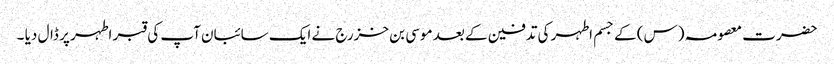
حضرت معصومہ (س) کے جسم اطہر کی تدفین کے بعد موسی بن خزرج نے ایک سائبان آپ کی قبر اطہر پر ڈال دیا ۔